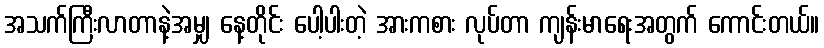
အသက်ကြီးလာတာနဲ့အမျှ နေ့တိုင်း ပေါ့ပါးတဲ့ အားကစား လုပ်တာ ကျန်းမာရေးအတွက် ကောင်းတယ်။